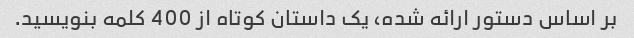
بر اساس دستور ارائه شده، یک داستان کوتاه از 400 کلمه بنویسید.